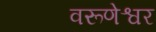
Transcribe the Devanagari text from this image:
वरूणेश्वर